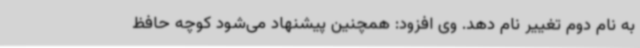
به نام دوم تغییر نام دهد. وی افزود: همچنین پیشنهاد می‌شود کوچه حافظ